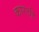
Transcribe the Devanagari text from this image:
कारची